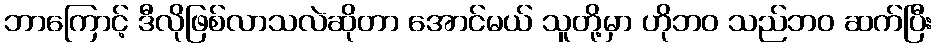
ဘာကြောင့် ဒီလိုဖြစ်လာသလဲဆိုတာ အောင်မယ် သူတို့မှာ ဟိုဘဝ သည်ဘဝ ဆက်ပြီး